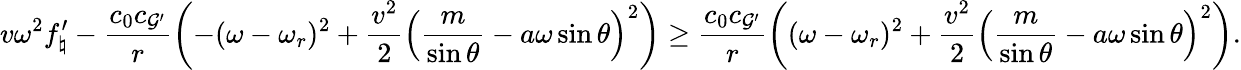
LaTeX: v\omega^{2}f_{\natural}^{\prime}-\frac{c_{0}c_{\mathcal{G}^{\prime}}}{r}\left(-(\omega-\omega_{r})^{2}+\frac{v^{2}}{2}\left(\frac{m}{\sin\theta}-a\omega\sin\theta\right)^{2}\right)\geq\frac{c_{0}c_{\mathcal{G}^{\prime}}}{r}\left((\omega-\omega_{r})^{2}+\frac{v^{2}}{2}\left(\frac{m}{\sin\theta}-a\omega\sin\theta\right)^{2}\right).